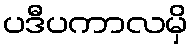
ပဒီပကာလမှိ